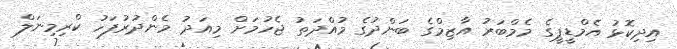
އިދިކޮޅު އެމްޑީޕީގެ މެމްބަރު އާޒިމްގެ ބަންދުގެ މުއްދަތު ޖެހުމަށް މިއަދު މެންދުރުފަހު ކްރިމިނަލް